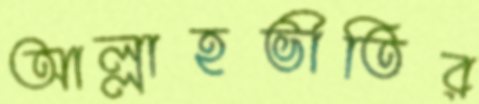
আল্লাহভীতির